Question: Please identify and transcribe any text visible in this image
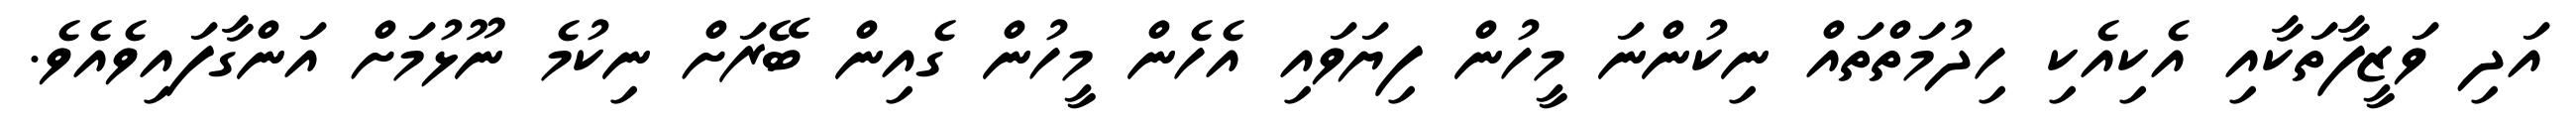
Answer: އަދި ވަޒީފާތަކާއި އެކިއެކި ހިދުމަތްތައް ނިކުންނަ މީހުން ފިޔަވައި އެހެން މީހުން ގެއިން ބޭރަށް ނިކުމެ ނޫޅުމަށް އަންގާފައިވެއެވެ.